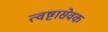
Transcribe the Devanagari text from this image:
त्वष्टासेवक